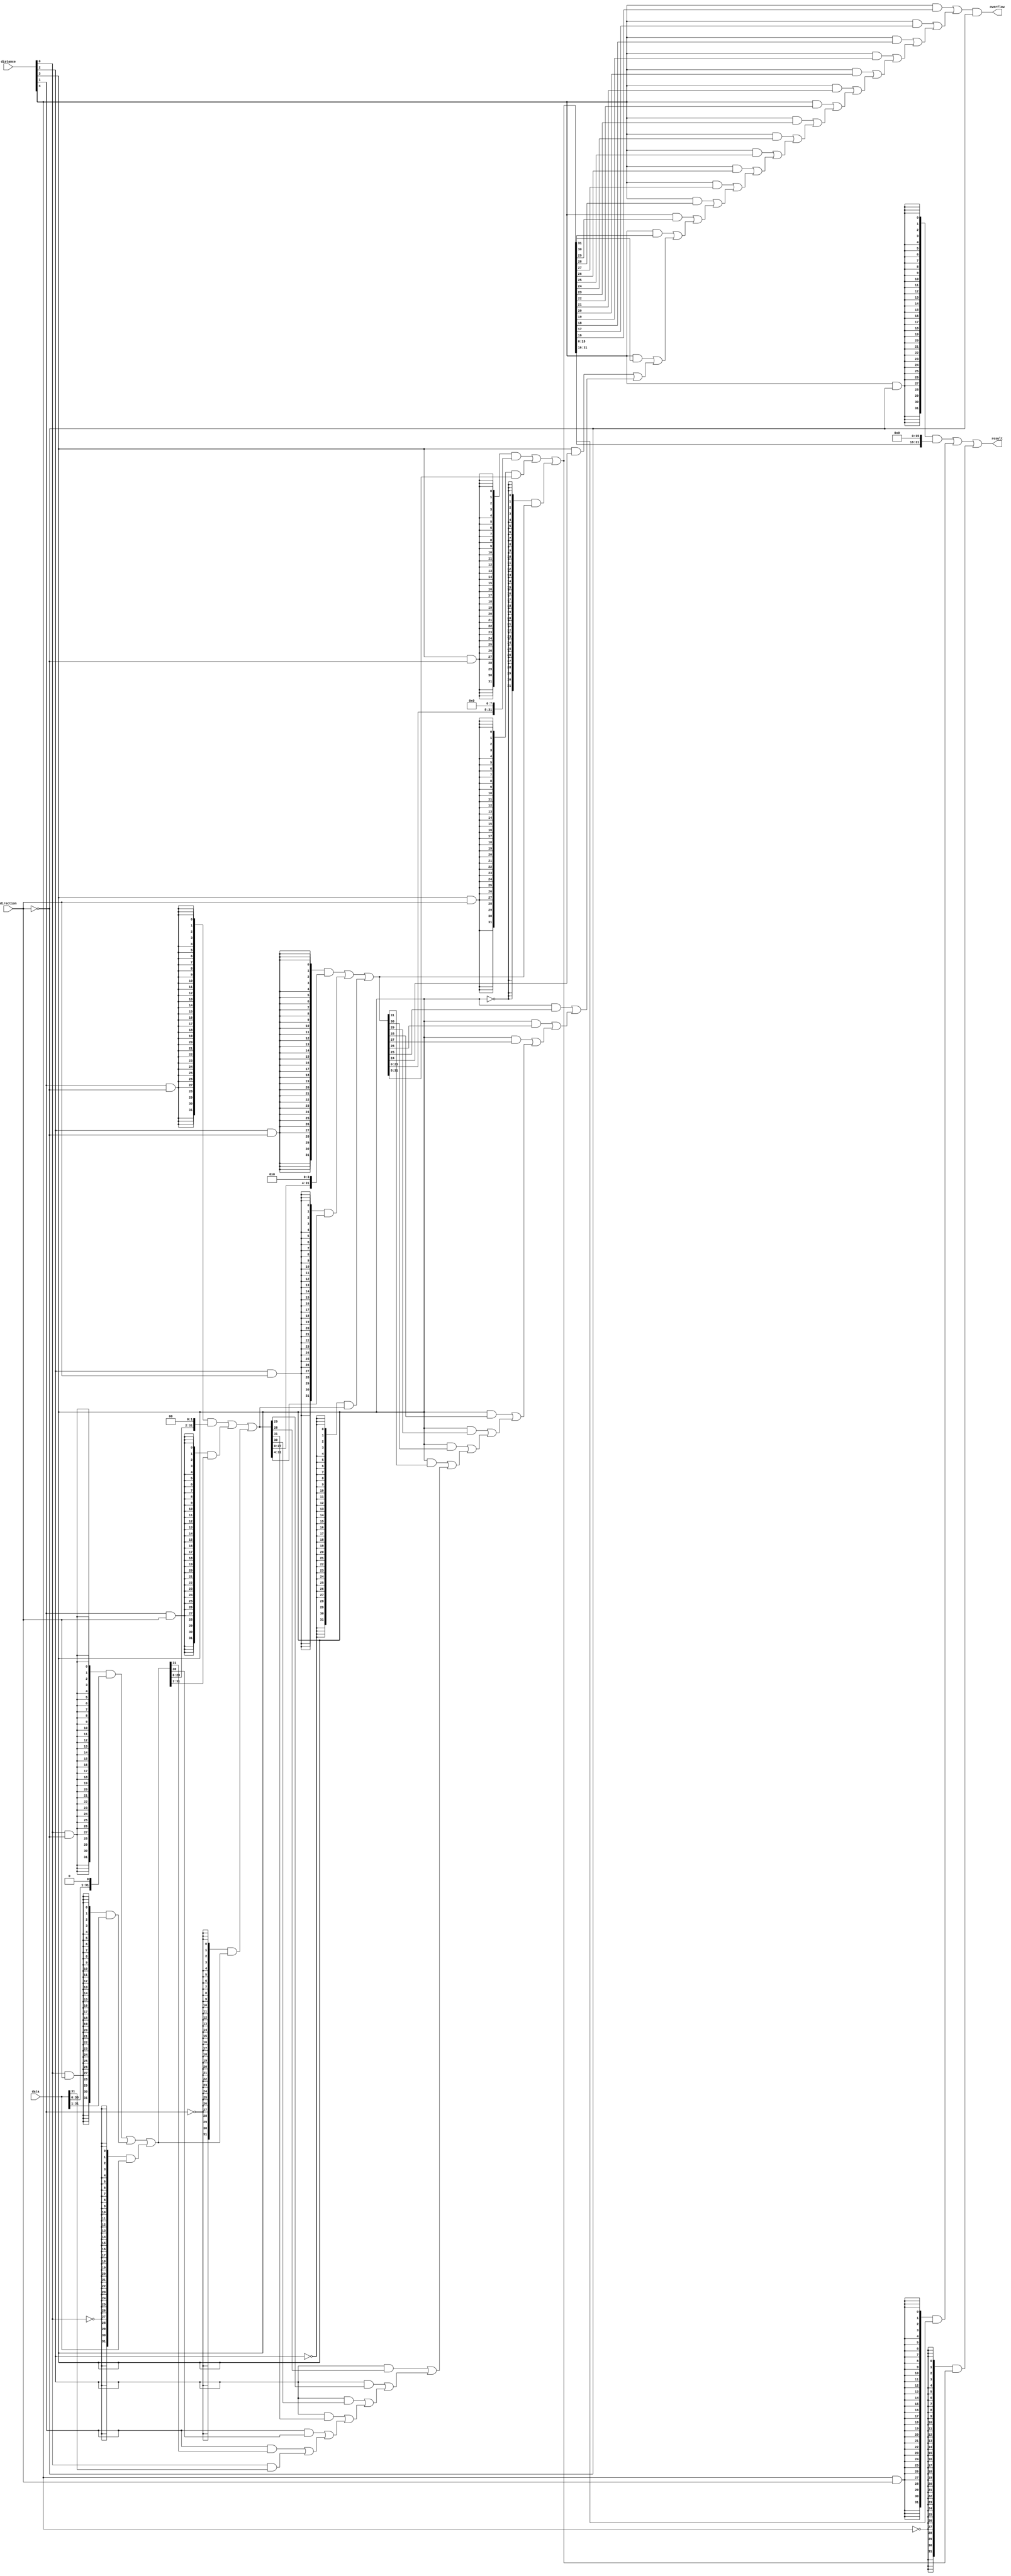
module  Chowdhury_LPM_32BitShiftLogical_Dec7_lpm_clshift
	( 
	data,
	direction,
	distance,
	overflow,
	result) /* synthesis synthesis_clearbox=1 */;
	input   [31:0]  data;
	input   direction;
	input   [4:0]  distance;
	output   overflow;
	output   [31:0]  result;
`ifndef ALTERA_RESERVED_QIS
// synopsys translate_off
`endif
	tri0   direction;
`ifndef ALTERA_RESERVED_QIS
// synopsys translate_on
`endif

	wire  [0:0]  direction_w;
	wire  [31:0]  ov_w;
	wire  [15:0]  pad_w;
	wire  [191:0]  sbit_w;

	assign
		direction_w = {direction},
		ov_w = {((distance[4] & sbit_w[144]) | ov_w[30]), ((distance[4] & sbit_w[145]) | ov_w[29]), ((distance[4] & sbit_w[146]) | ov_w[28]), ((distance[4] & sbit_w[147]) | ov_w[27]), ((distance[4] & sbit_w[148]) | ov_w[26]), ((distance[4] & sbit_w[149]) | ov_w[25]), ((distance[4] & sbit_w[150]) | ov_w[24]), ((distance[4] & sbit_w[151]) | ov_w[23]), ((distance[4] & sbit_w[152]) | ov_w[22]), ((distance[4] & sbit_w[153]) | ov_w[21]), ((distance[4] & sbit_w[154]) | ov_w[20]), ((distance[4] & sbit_w[155]) | ov_w[19]), ((distance[4] & sbit_w[156]) | ov_w[18]), ((distance[4] & sbit_w[157]) | ov_w[17]), ((distance[4] & sbit_w[158]) | ov_w[16]), ((distance[4] & sbit_w[159]) | ov_w[15]), ((distance[3] & sbit_w[120]) | ov_w[14]), ((distance[3] & sbit_w[121]) | ov_w[13]), ((distance[3] & sbit_w[122]) | ov_w[12]), ((distance[3] & sbit_w[123]) | ov_w[11]), ((distance[3] & sbit_w[124]) | ov_w[10]), ((distance[3] & sbit_w[125]) | ov_w[9]), ((distance[3] & sbit_w[126]) | ov_w[8]), ((distance[3] & sbit_w[127]) | ov_w[7]), ((distance[2] & sbit_w[92]) | ov_w[6]), ((distance[2] & sbit_w[93]) | ov_w[5]), ((distance[2] & sbit_w[94]) | ov_w[4]), ((distance[2] & sbit_w[95]) | ov_w[3]), ((distance[1] & sbit_w[62]) | ov_w[2]), ((distance[1] & sbit_w[63]) | ov_w[1]), ((distance[0] & sbit_w[31]) | ov_w[0]), 1'b0},
		overflow = (ov_w[31] & (~ direction_w[0])),
		pad_w = {16{1'b0}},
		result = sbit_w[191:160],
		sbit_w = {((({32{(distance[4] & (~ direction_w))}} & {sbit_w[143:128], pad_w[15:0]}) | ({32{(distance[4] & direction_w)}} & {pad_w[15:0], sbit_w[159:144]})) | ({32{(~ distance[4])}} & sbit_w[159:128])), ((({32{(distance[3] & (~ direction_w))}} & {sbit_w[119:96], pad_w[7:0]}) | ({32{(distance[3] & direction_w)}} & {pad_w[7:0], sbit_w[127:104]})) | ({32{(~ distance[3])}} & sbit_w[127:96])), ((({32{(distance[2] & (~ direction_w))}} & {sbit_w[91:64], pad_w[3:0]}) | ({32{(distance[2] & direction_w)}} & {pad_w[3:0], sbit_w[95:68]})) | ({32{(~ distance[2])}} & sbit_w[95:64])), ((({32{(distance[1] & (~ direction_w))}} & {sbit_w[61:32], pad_w[1:0]}) | ({32{(distance[1] & direction_w)}} & {pad_w[1:0], sbit_w[63:34]})) | ({32{(~ distance[1])}} & sbit_w[63:32])), ((({32{(distance[0] & (~ direction_w))}} & {sbit_w[30:0], pad_w[0]}) | ({32{(distance[0] & direction_w)}} & {pad_w[0], sbit_w[31:1]})) | ({32{(~ distance[0])}} & sbit_w[31:0])), data};
endmodule
module Chowdhury_LPM_32BitShiftLogical_Dec7 (
	data,
	direction,
	distance,
	overflow,
	result)/* synthesis synthesis_clearbox = 1 */;

	input	[31:0]  data;
	input	  direction;
	input	[4:0]  distance;
	output	  overflow;
	output	[31:0]  result;

	wire  sub_wire0;
	wire [31:0] sub_wire1;
	wire  overflow = sub_wire0;
	wire [31:0] result = sub_wire1[31:0];

	Chowdhury_LPM_32BitShiftLogical_Dec7_lpm_clshift	Chowdhury_LPM_32BitShiftLogical_Dec7_lpm_clshift_component (
				.data (data),
				.direction (direction),
				.distance (distance),
				.overflow (sub_wire0),
				.result (sub_wire1));

endmodule